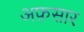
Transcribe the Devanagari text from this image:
अफ़सार